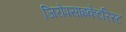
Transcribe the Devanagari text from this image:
जिरोपसाइकेटरिस्ट